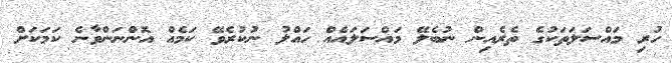
ހުރި މައްސަލަތަކުގެ ތެރެއިން ނުބެލޭ މައްސަލައެއް ހައްލު ނުކުރެވޭ ކަމެއް އޮންނަންވާނެ ކަމަކަށް